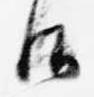
御